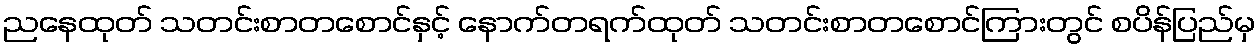
ညနေထုတ် သတင်းစာတစောင်နှင့် နောက်တရက်ထုတ် သတင်းစာတစောင်ကြားတွင် စပိန်ပြည်မှ